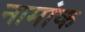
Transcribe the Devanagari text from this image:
नामांक